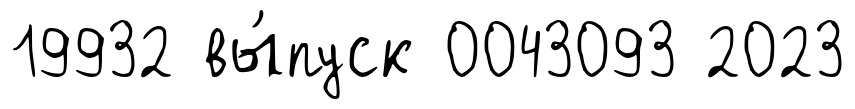
19932 вы́пуск 0043093 2023